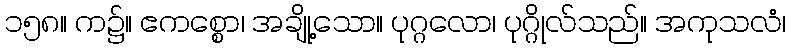
၁၅၈။ က၌။ ဧကစ္စော၊ အချို့သော။ ပုဂ္ဂလော၊ ပုဂ္ဂိုလ်သည်။ အကုသလံ၊